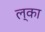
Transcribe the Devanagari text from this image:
ल्का